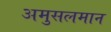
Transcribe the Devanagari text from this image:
अमुसलमान